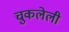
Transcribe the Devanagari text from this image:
चुकलेली